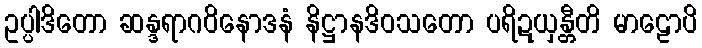
ဥပ္ပါဒိတော ဆန္ဒရာဂဝိနောဒနံ နိဋ္ဌာနဒိဝသတော ပရိဍယှန္တီတိ မာဠောပိ